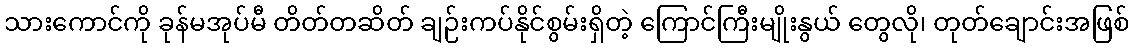
သားကောင်ကို ခုန်မအုပ်မီ တိတ်တဆိတ် ချဉ်းကပ်နိုင်စွမ်းရှိတဲ့ ကြောင်ကြီးမျိုးနွယ် တွေလို၊ တုတ်ချောင်းအဖြစ်